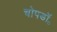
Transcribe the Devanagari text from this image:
चोपडॉ॰